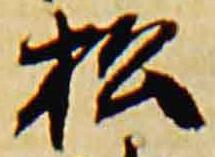
松